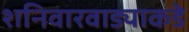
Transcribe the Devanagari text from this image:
शनिवारवाड्याकडे